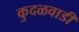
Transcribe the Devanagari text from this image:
कुदळवाडी